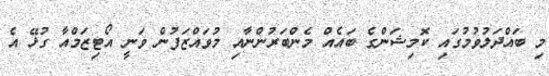
މި ބައްދަލުވުމުގައި ކޮމިޝަންގެ ބައެއް މެންބަރުންނާއި މުވައްޒަފުން ވަނީ އޯޓިޒަމްއާ ގުޅޭ އެ